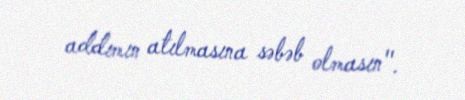
addımın atılmasına səbəb olmasın".